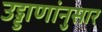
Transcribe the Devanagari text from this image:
उड्डाणांनुसार